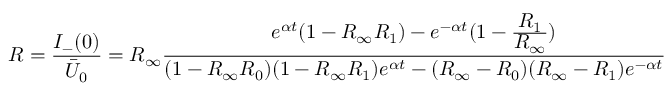
R = \frac { I _ { - } ( 0 ) } { \bar { U } _ { 0 } } = R _ { \infty } \frac { e ^ { \alpha t } ( 1 - R _ { \infty } R _ { 1 } ) - e ^ { - \alpha t } ( 1 - \frac { \displaystyle R _ { 1 } } { \displaystyle R _ { \infty } } ) } { ( 1 - R _ { \infty } R _ { 0 } ) ( 1 - R _ { \infty } R _ { 1 } ) e ^ { \alpha t } - ( R _ { \infty } - R _ { 0 } ) ( R _ { \infty } - R _ { 1 } ) e ^ { - \alpha t } }